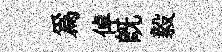
為倬旣毅